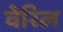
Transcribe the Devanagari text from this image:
वेरिल